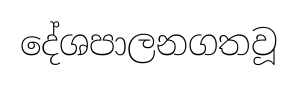
දේශපාලනගතවූ